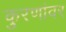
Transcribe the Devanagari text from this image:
कुरणांवर